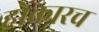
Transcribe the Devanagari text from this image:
होकारच